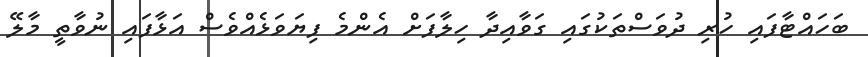
ބަހައްޓާފައި ހުރި ދުވަސްތަކުގައި ގަވާއިދާ ހިލާފަށް އެންމެ ފިޔަވަޅެއްވެސް އަޅާފައި ނުވާތީ މާލޭ